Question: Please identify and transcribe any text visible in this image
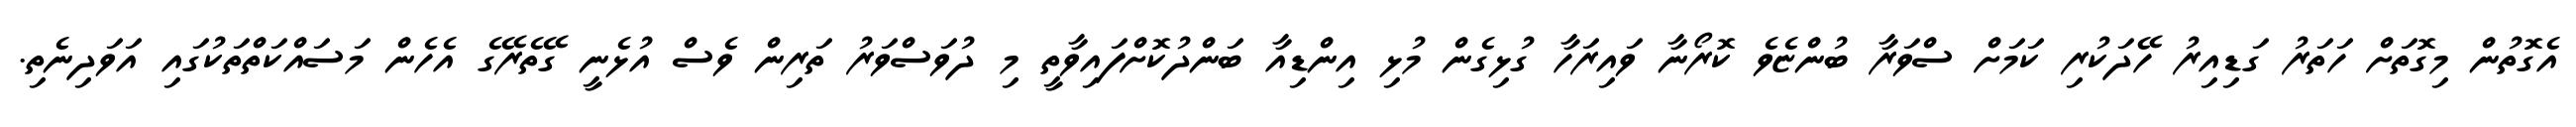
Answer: އެގޮތުން މިގޮތަށް ހަތަރު ގަޑިއިރު ހޭދަކުރި ކަމަށް ސްވަރާ ބުންޏެވެ ކޮރޯނާ ވައިރަހާ ގުޅިގެން މުޅި އިންޑިއާ ބަންދުކޮށްފައިވާތީ މި ދުވަސްވަރު ތަރިން ވެސް އުޅެނީ ގޭތެރޭގެ އެހެން މަސައްކަތްތަކުގައި އަވަދިނެތި.